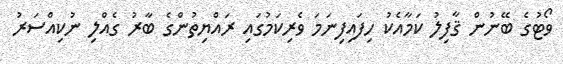
ވޯޓުގެ ބޭނުން ޤާފިލު ކަމާއެކު ހިފައިފިނަމަ ވެރިކަމުގައި ރައްޔިތުންގެ ބާރު ގެއްލި ނުކިއްސަރު